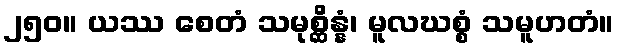
၂၅၀။ ယဿ စေတံ သမုစ္ဆိန္နံ၊ မူလဃစ္စံ သမူဟတံ။